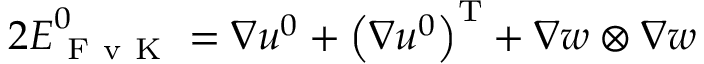
2 \boldsymbol { { E } } _ { \mathrm { ~ F ~ v ~ K ~ } } ^ { 0 } = \nabla \boldsymbol { { u } } ^ { 0 } + \left( \nabla \boldsymbol { { u } } ^ { 0 } \right) ^ { \mathrm { T } } + \nabla w \otimes \nabla w